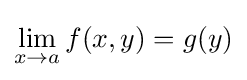
\lim _{x\to a}f(x,y)=g(y)